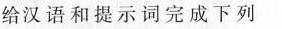
给汉语和提示词完成下列